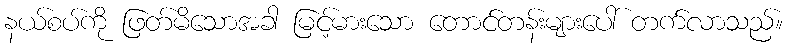
နယ်စပ်ကို ဖြတ်မိသောအခါ မြင့်မားသော တောင်တန်းများပေါ် တက်လာသည်။